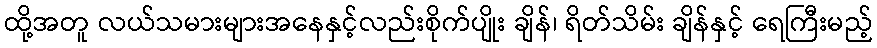
ထို့အတူ လယ်သမားများအနေနှင့်လည်းစိုက်ပျိုး ချိန်၊ ရိတ်သိမ်း ချိန်နှင့် ရေကြီးမည့်